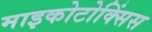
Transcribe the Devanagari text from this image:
माइकोटोक्सिंस